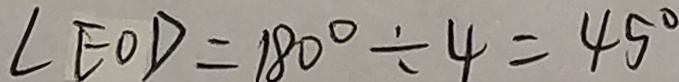
\angle E O D = 1 8 0 ^ { \circ } \div 4 = 4 5 ^ { \circ }